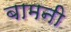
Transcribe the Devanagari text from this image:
बामनी